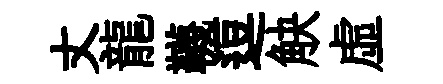
丈龍韈逗觖虚